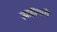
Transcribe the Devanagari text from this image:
त्याहीमागे